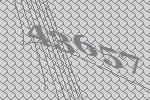
43657